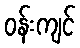
ဝန်းကျင်